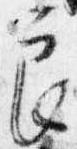
良